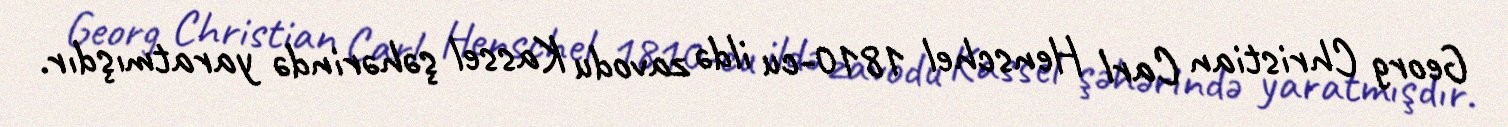
Georg Christian Carl Henschel 1810-cu ildə zavodu Kassel şəhərində yaratmışdır.